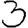
Digit: 3